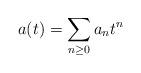
LaTeX: \begin{align*}a(t)=\sum_{n\geq 0}a_nt^n\end{align*}